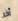
آخر